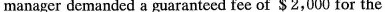
manager demanded a guaranteed fee of $2,000 for the